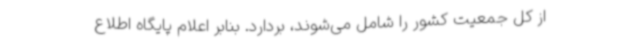
از کل جمعیت کشور را شامل می‌شوند، بردارد. بنابر اعلام پایگاه اطلاع